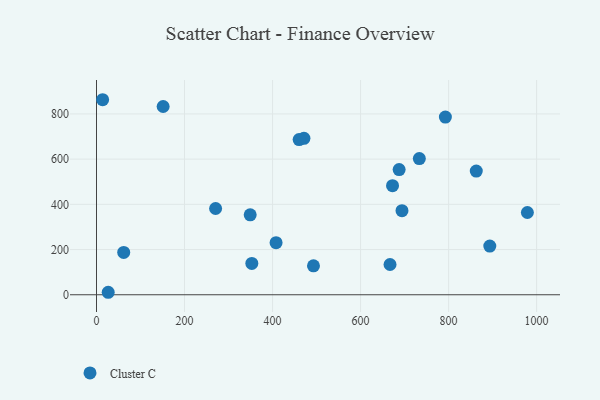
{"axis": {"x": "Investment", "y": "Fuel Efficiency"}, "legend": ["Cluster C"], "data": [{"x": "672.6", "y": 482.5, "type": "Cluster C"}, {"x": "151.4", "y": 832.9, "type": "Cluster C"}, {"x": "862.9", "y": 547.3, "type": "Cluster C"}, {"x": "26.6", "y": 11.0, "type": "Cluster C"}, {"x": "471.3", "y": 692.0, "type": "Cluster C"}, {"x": "493.0", "y": 128.2, "type": "Cluster C"}, {"x": "460.4", "y": 686.4, "type": "Cluster C"}, {"x": "694.1", "y": 372.1, "type": "Cluster C"}, {"x": "270.6", "y": 381.6, "type": "Cluster C"}, {"x": "349.2", "y": 353.7, "type": "Cluster C"}, {"x": "61.8", "y": 187.3, "type": "Cluster C"}, {"x": "687.6", "y": 553.8, "type": "Cluster C"}, {"x": "893.6", "y": 215.4, "type": "Cluster C"}, {"x": "408.0", "y": 230.3, "type": "Cluster C"}, {"x": "666.9", "y": 133.8, "type": "Cluster C"}, {"x": "13.9", "y": 862.8, "type": "Cluster C"}, {"x": "352.9", "y": 138.6, "type": "Cluster C"}, {"x": "792.7", "y": 786.0, "type": "Cluster C"}, {"x": "733.5", "y": 602.5, "type": "Cluster C"}, {"x": "979.0", "y": 363.9, "type": "Cluster C"}]}